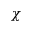
\chi